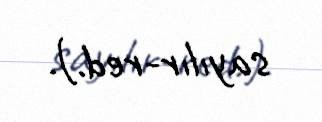
sayılır-red.).